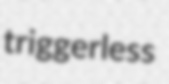
triggerless